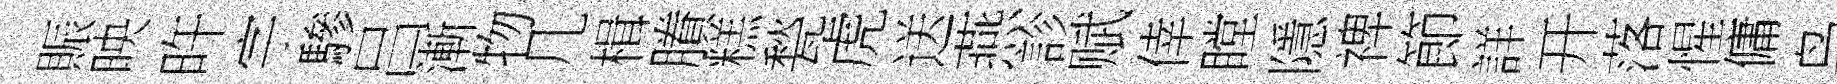
賑映旿字驂吕漸物几楫賸糕甃虎送燕診赋倖瞠隱禆節詳开落惺傭鸟